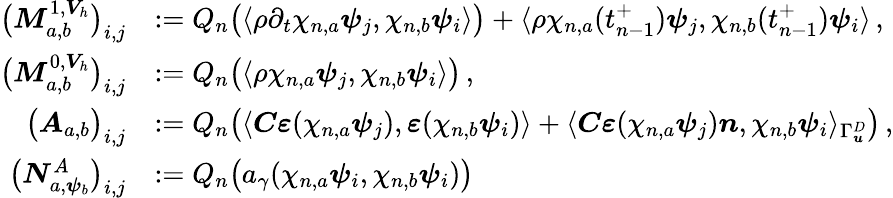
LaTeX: \begin{array}{rl}{\big(\boldsymbol M_{{a},{b}}^{1,\boldsymbol V_{h}}\big)_{i,j}}&{:=Q_{n}\big(\langle\rho\partial_{t}\chi_{n,a}\boldsymbol\psi_{j},\chi_{n,b}\boldsymbol\psi_{i}\rangle\big)+\langle\rho\chi_{n,a}(t_{n-1}^{+})\boldsymbol\psi_{j},\chi_{n,b}(t_{n-1}^{+})\boldsymbol\psi_{i}\rangle\, ,}\\ {\big(\boldsymbol M_{{a},{b}}^{0,\boldsymbol V_{h}}\big)_{i,j}}&{:=Q_{n}\big(\langle\rho\chi_{n,a}\boldsymbol\psi_{j},\chi_{n,b}\boldsymbol\psi_{i}\rangle\big)\, ,}\\ {\big(\boldsymbol A_{{a},{b}}\big)_{i,j}}&{:=Q_{n}\big(\langle\boldsymbol C\boldsymbol\varepsilon(\chi_{n,a}\boldsymbol\psi_{j}),\boldsymbol\varepsilon(\chi_{n,b}\boldsymbol\psi_{i})\rangle+\langle\boldsymbol C\boldsymbol\varepsilon(\chi_{n,a}\boldsymbol\psi_{j})\boldsymbol n,\chi_{n,b}\boldsymbol\psi_{i}\rangle_{\Gamma_{\boldsymbol u}^{D}}\big)\, ,}\\ {\big(\boldsymbol N_{{a},\boldsymbol\psi_{b}}^{A}\big)_{i,j}}&{:=Q_{n}\big(a_{\gamma}(\chi_{n,a}\boldsymbol\psi_{i},\chi_{n,b}\boldsymbol\psi_{i})\big)}\end{array}